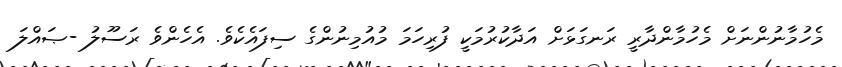
މެހުމާނުންނަށް މެހުމާންދާރީ ރަނގަޅަށް އަދާކުރުމަކީ ފުރިހަމަ މުއުމިނުންގެ ސިފައެކެވެ. އެހެންވެ ރަސޫލު -ޞައްލަ